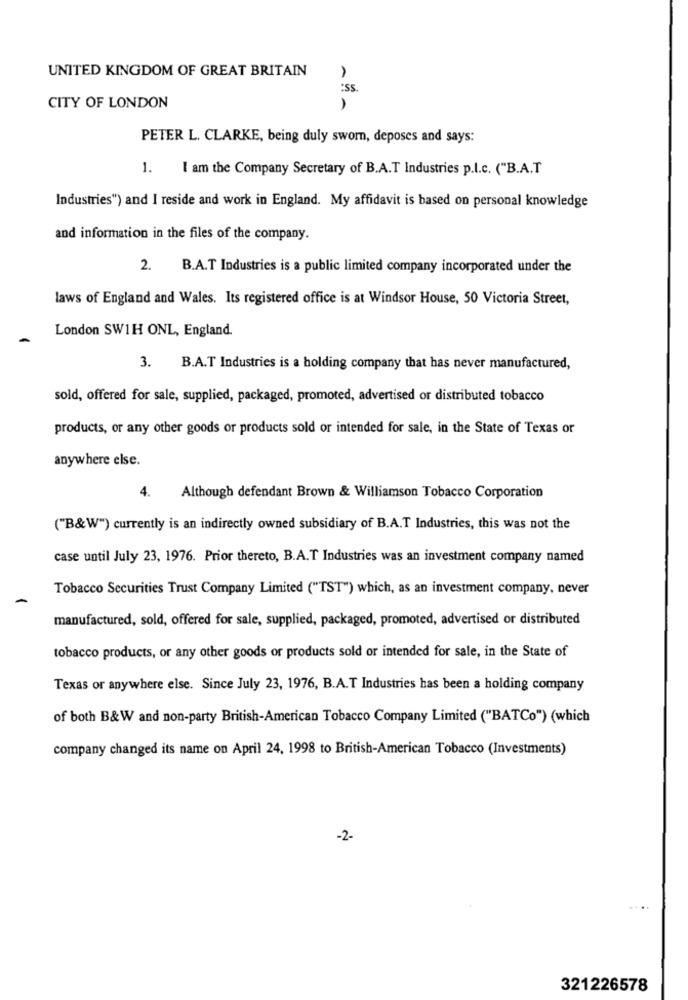
UNITED KINGDOM OF GREAT BRITAIN
:SS
CITY OF LONDON
1
PETER L. CLARKE, being duly sworn, deposes and says:
1.
I am the Company Secretary of B.A.T Industries p.l.c. ("B.A.T
Industries") and I reside and work in England. My affidavit is based on personal knowledge
and information in the files of the company.
2.
B.A.T Industries is a public limited company incorporated under the
laws of England and Wales. Its registered office is at Windsor House, 50 Victoria Street,
London SW1H ONL, England.
3.
B.A.T Industries is a holding company that has never manufactured,
sold, offered for sale, supplied, packaged, promoted, advertised or distributed tobacco
products, or any other goods or products sold or intended for sale, in the State of Texas or
anywhere else.
4.
Although defendant Brown & Williamson Tobacco Corporation
("B&W") currently is an indirectly owned subsidiary of B.A.T Industries, this was not the
case until July 23, 1976. Prior thereto, B.A.T Industries was an investment company named
Tobacco Securities Trust Company Limited ("TST") which, as an investment company, never
manufactured, sold, offered for sale, supplied, packaged, promoted, advertised or distributed
tobacco products, or any other goods or products sold or intended for sale, in the State of
Texas or anywhere else. Since July 23, 1976, B.A.T Industries has been a holding company
of both B&W and non-party British-American Tobacco Company Limited ("BATCo") (which
company changed its name on April 24, 1998 to British-American Tobacco (Investments)
-2-
321226578